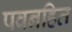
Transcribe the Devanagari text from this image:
पवनहित